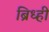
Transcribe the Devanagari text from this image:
ब्रिध्ही